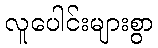
လူပေါင်းများစွာ